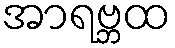
အာရဗ္ဘထ